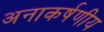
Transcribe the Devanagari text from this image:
अनाकर्षणीय